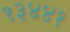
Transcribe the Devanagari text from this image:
१३४४१